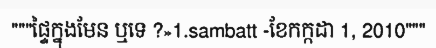
"""ផ្ទៃក្នុងមែន ឬទេ ?»1.sambatt -ខែកក្កដា 1, 2010"""